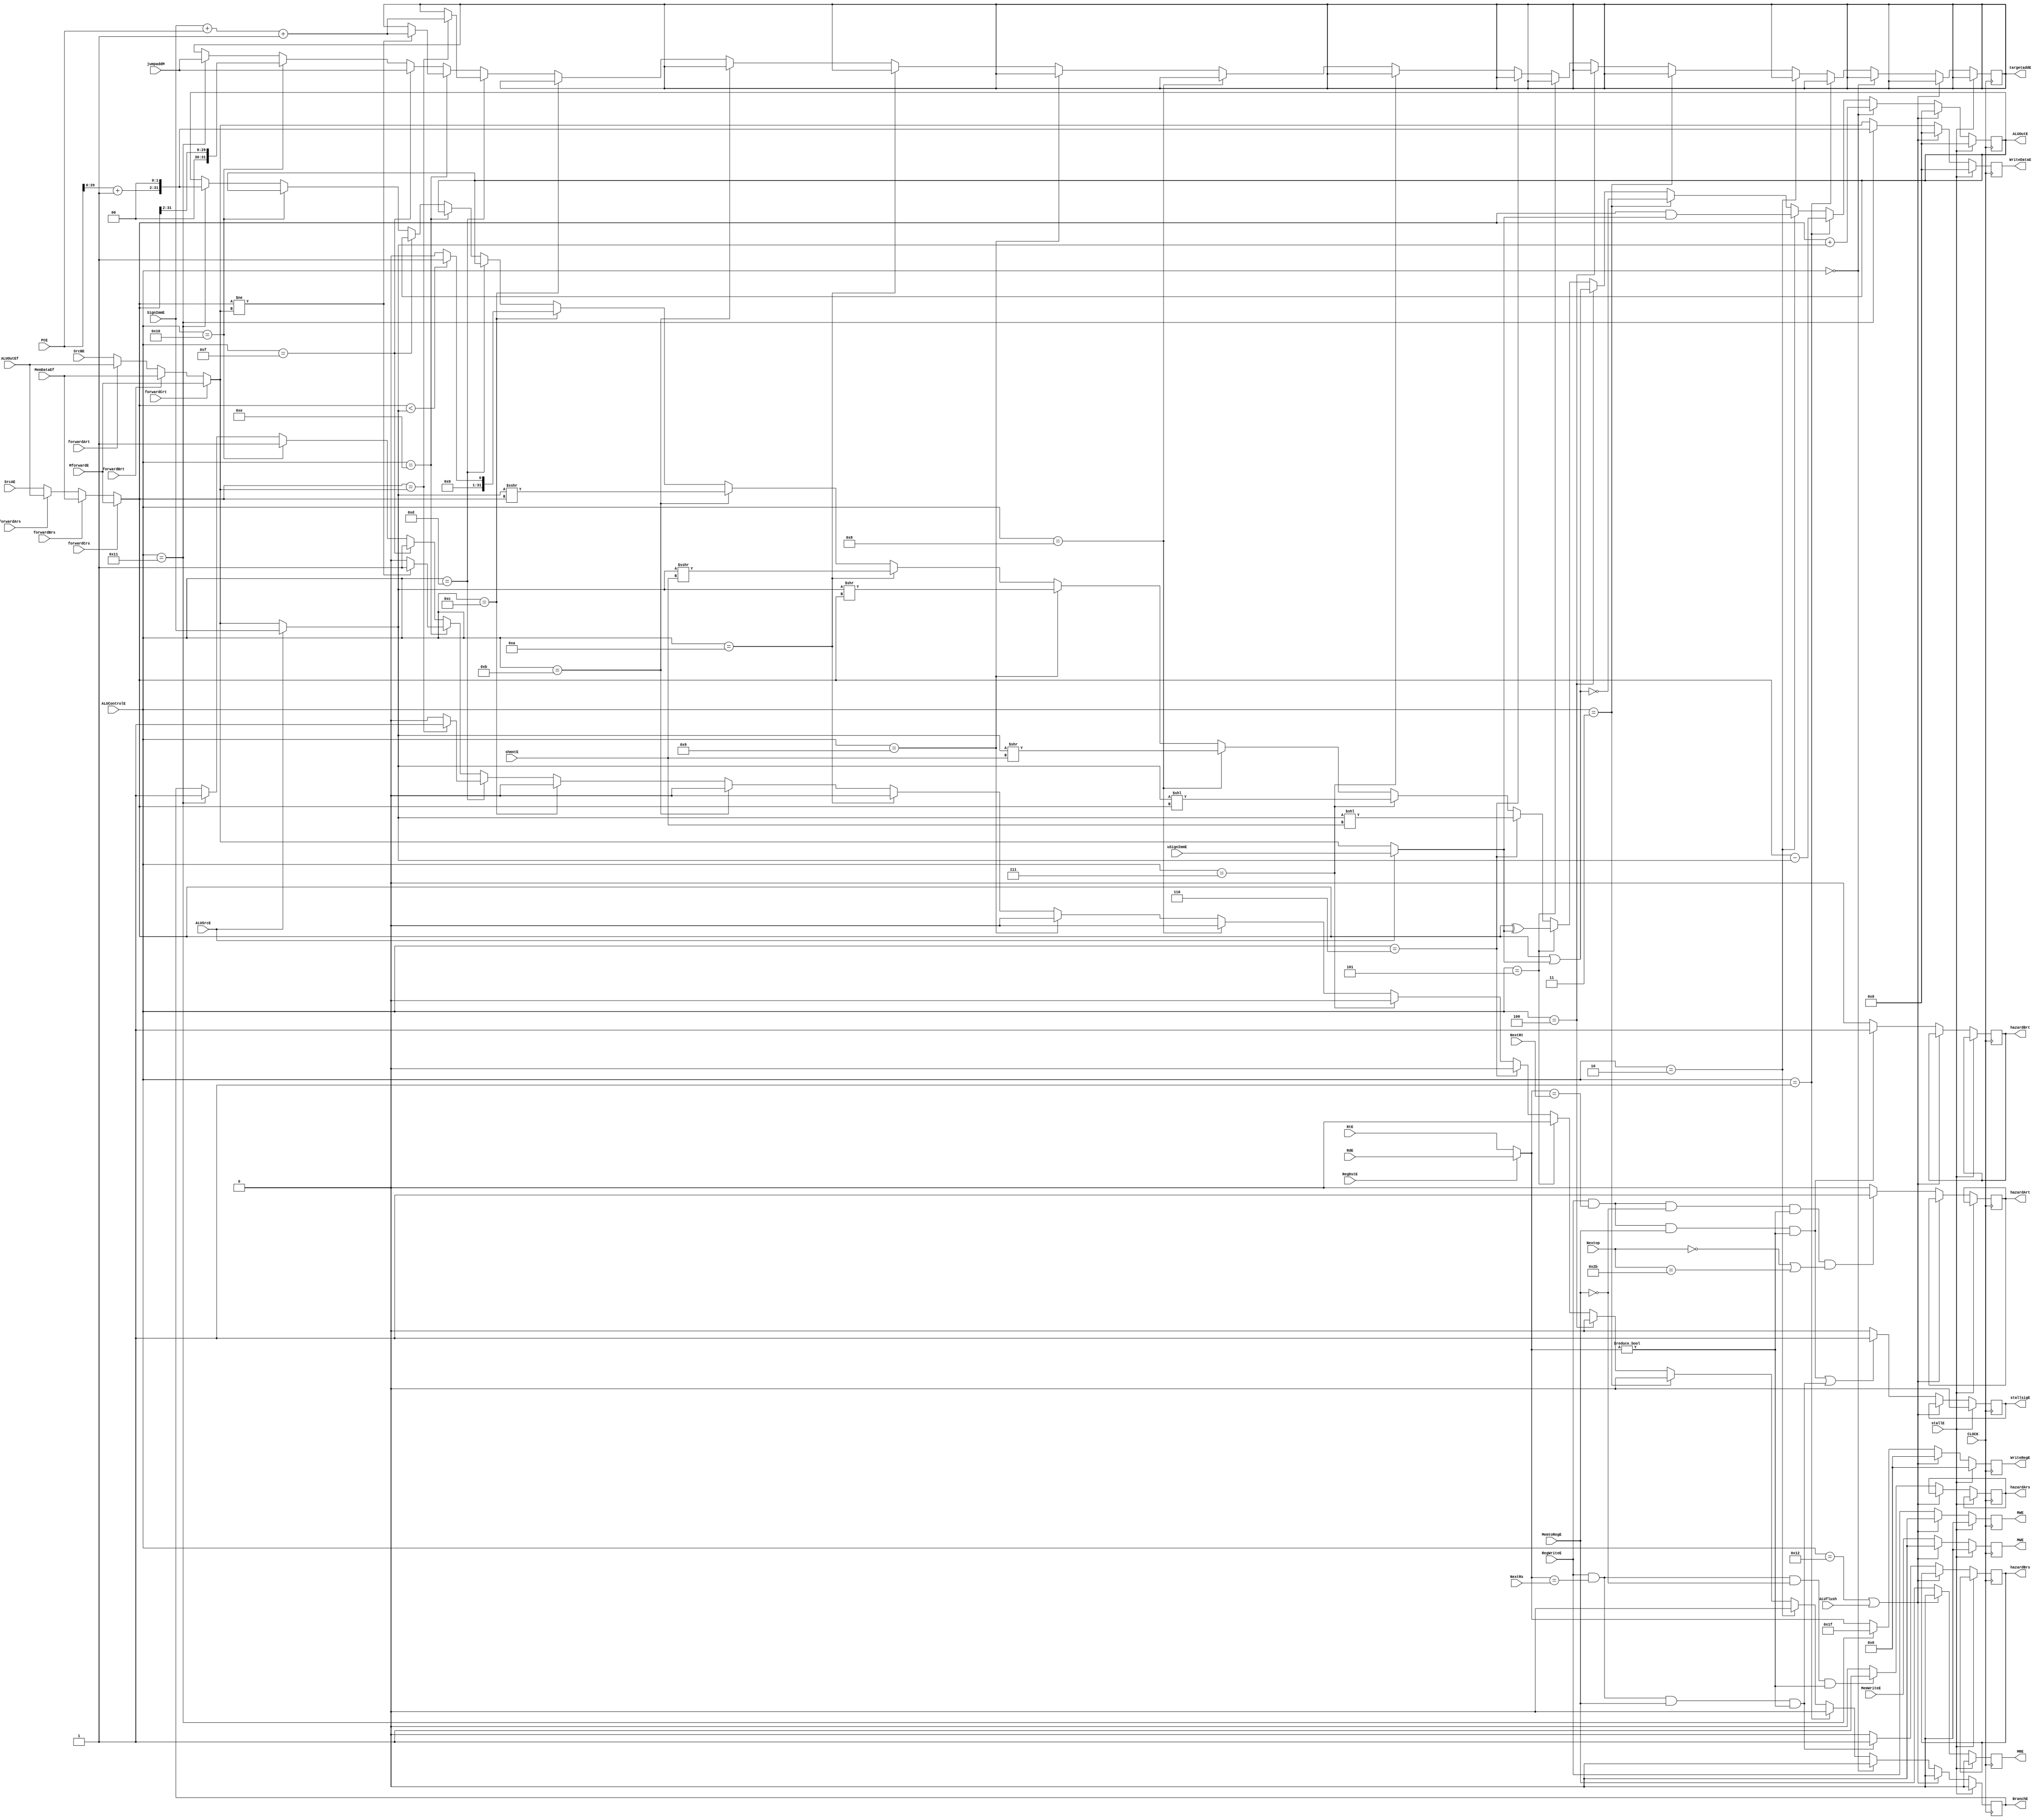
module ALU(
        //input
        input CLOCK,
        input stallE,
        input ALUflush,
        input RegWriteE,
        input MemtoRegE,
        input MemWriteE,
        //input BranchE,
        input [4:0] ALUControlE,
        input ALUSrcE,
        input RegDstE,
        input [31:0] SrcAE,
        input [31:0] SrcBE,
        input [4:0] RtE,
        input [4:0] RdE,
        input [31:0] SignImmE,
        input [31:0] uSignImmE,
        input [4:0] shmntE,
        input [31:0] PCE,
        input [31:0] jumpaddM,
        input [4:0] NextRs,
        input [4:0] NextRt,
        input [5:0] Nextop,
        input forwardArs,              //the flag for ID-EX data forwarding without stalling
        input forwardArt,
        input [31:0] ALUOutEf,            //the ALU output for data forwarding
        input forwardBrs,              //the flag for ID-EX data forwarding with stalling(lw)
        input forwardBrt,
        input [31:0] MemDataEf,            //the ID-EX memory data forwarding for load instruction
        input forwardCrs,                 //the forwarding signal for MEM-ID data forwarding
        input forwardCrt,
        input [31:0] MforwardE,                 //the forwarding data from memory

        //output
        output reg RWE,
        output reg MRE,
        output reg MWE,
        output reg BranchE,
        //output Zero,
        output reg [31:0] ALUOutE,
        output reg [31:0] WriteDataE,
        output reg [4:0] WriteRegE,
        output reg [31:0] targetaddE,
        output reg hazardArs,             //the flags for ID-EX data forwarding without stalling
        output reg hazardArt,
        output reg hazardBrs,             //the flags for ID-EX data forwarding with stalling(lw instruction)
        output reg hazardBrt,
        output reg stallsigE

    );
    wire [31:0] shE;
    wire [31:0] dataA;
    wire [31:0] dataB;
    wire signed [31:0] sdataB;
    wire [4:0] outReg;      //the chosen target register address
    wire [31:0] udataB;
    wire [31:0] rsdata;
    wire [31:0] rtdata;
    assign rsdata = (forwardCrs == 1'b1) ? MforwardE : ((forwardBrs == 1'b1) ? MemDataEf : ((forwardArs == 1'b1) ? ALUOutEf : SrcAE));
    assign rtdata = (forwardCrt == 1'b1) ? MforwardE : ((forwardBrt == 1'b1) ? MemDataEf : ((forwardArt == 1'b1) ? ALUOutEf : SrcBE));
    assign dataA = rsdata;
    assign dataB = ALUSrcE ? SignImmE : rtdata;
    assign sdataB = dataB;
    assign udataB = ALUSrcE ? uSignImmE : rtdata;
    assign outReg = RegDstE ? RdE : RtE;
    assign shE = {27'b0, shmntE};


    always @(posedge CLOCK) begin
        if (stallE == 1'b1) begin
            RWE <= 1'b0;
            MRE <= 1'b0;
            MWE <= 1'b0;
            ALUOutE <= 32'b0;
            WriteDataE <= 32'b0;
            WriteRegE <= 4'b0;
            BranchE <= 1'b0;
            stallsigE <= 1'b0;
        end
        else begin
        if (ALUControlE == 5'b10010 || ALUflush == 1'b1) begin
            RWE <= 1'b0;
            MRE <= 1'b0;
            MWE <= 1'b0;
            ALUOutE <= 32'b0;
            WriteDataE <= 32'b0;
            WriteRegE <= 4'b0;
            BranchE <= 1'b0;
        end
        else begin
        //ID-EX data hazard without stalling detection
        if (RegWriteE && (outReg == NextRs) && (MemtoRegE != 1'b1) && (outReg != 5'b00000)) begin
            hazardArs <= 1'b1;
        end
        else hazardArs <= 1'b0;
        if (RegWriteE && (outReg == NextRt) && (MemtoRegE != 1'b1) && (outReg != 5'b00000) && (Nextop == 6'b000000 || Nextop == 6'b101011)) begin
            hazardArt <= 1'b1;
        end
        else hazardArt <= 1'b0;

        //Id-EX stalling detection
        if (RegWriteE && (outReg == NextRs) && (MemtoRegE == 1'b1) && (outReg != 5'b00000)) begin
            hazardBrs <= 1'b1;
        end
        else hazardBrs <= 1'b0;
        if (RegWriteE && (outReg == NextRt) && (MemtoRegE == 1'b1) && (outReg != 5'b00000)) begin
            hazardBrt <= 1'b1;
        end
        else hazardBrt <= 1'b0;
        if ((RegWriteE && (outReg == NextRt) && (MemtoRegE == 1'b1) && (outReg != 5'b00000)) || (RegWriteE && (outReg == NextRs) && (MemtoRegE == 1'b1) && (outReg != 5'b00000))) begin
            stallsigE <= 1'b1;
        end
        else stallsigE <= 1'b0;

        //ALU execution
        if (ALUControlE == 5'b10001) begin        //jal write back
            WriteRegE <= 5'b11111;
            WriteDataE <= ((PCE + 1) << 2);
        end
        else begin
            WriteRegE <= outReg;
            WriteDataE <= rtdata;
        end 
        RWE <= RegWriteE;
        MRE <= MemtoRegE;
        MWE <= MemWriteE;

        if (ALUControlE == 5'b00000) begin     //add
            ALUOutE <= dataA + dataB;
            BranchE <= 1'b0;
        end
        else if (ALUControlE == 5'b00001) begin     //sub
            ALUOutE <= dataA - dataB;
            BranchE <= 1'b0;
        end
        else if (ALUControlE == 5'b00010) begin     //and
            ALUOutE <= dataA & udataB;
            BranchE <= 1'b0;
        end
        else if (ALUControlE == 5'b00011) begin     //nor
            ALUOutE <= ~(dataA | udataB);
            BranchE <= 1'b0;
        end
        else if (ALUControlE == 5'b00100) begin     //or
            ALUOutE <= dataA | udataB;
            BranchE <= 1'b0;
        end
        else if (ALUControlE == 5'b00101) begin     //xor
            ALUOutE <= dataA ^ udataB;
            BranchE <= 1'b0;
        end
        else if (ALUControlE == 5'b00110) begin     //sll
            ALUOutE <= dataB << shE;
            BranchE <= 1'b0;
        end
        else if (ALUControlE == 5'b00111) begin     //sllv
            ALUOutE <= dataB << dataA;
            BranchE <= 1'b0;
        end
        else if (ALUControlE == 5'b01000) begin      //srl
            ALUOutE <= dataB >> shE;
            BranchE <= 1'b0;
        end
        else if (ALUControlE == 5'b01001) begin      //srlv
            ALUOutE <= dataB >> dataA;
            BranchE <= 1'b0;
        end
        else if (ALUControlE == 5'b01010) begin      //sra
            ALUOutE <= sdataB >>> shE;
            BranchE <= 1'b0;
        end
        else if (ALUControlE == 5'b01011) begin      //srav
            ALUOutE <= sdataB >>> dataA;
            BranchE <= 1'b0;
        end
        else if (ALUControlE == 5'b01100) begin      //slt
            if (dataA < dataB) ALUOutE <= 32'b1;
            else ALUOutE <= 32'b0;
            BranchE <= 1'b0;
        end
        else if (ALUControlE == 5'b01101) begin      //beq
            if (rsdata == rtdata) begin
                BranchE <= 1'b1;
                targetaddE <= SignImmE + PCE + 32'b1; 
            end
            else BranchE <= 1'b0;
        end
        else if (ALUControlE == 5'b01110) begin      //bne
            if (rsdata != rtdata) begin
                BranchE <= 1'b1;
                targetaddE <= SignImmE + PCE + 32'b1; 
            end
            else BranchE <= 1'b0;
        end
        else if (ALUControlE == 5'b01111) begin           //j
            BranchE <= 1'b1;
            targetaddE <= jumpaddM;
        end
        else if (ALUControlE == 5'b10000) begin           //jr
            BranchE <= 1'b1;
            targetaddE <= (rsdata >> 2);
        end
        else if (ALUControlE == 5'b10001) begin           //jal
            BranchE <= 1'b1;
            targetaddE <= jumpaddM;
            ALUOutE <= ((PCE + 1) << 2);
        end

        end
        end
    end

endmodule